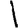
Digit: 1